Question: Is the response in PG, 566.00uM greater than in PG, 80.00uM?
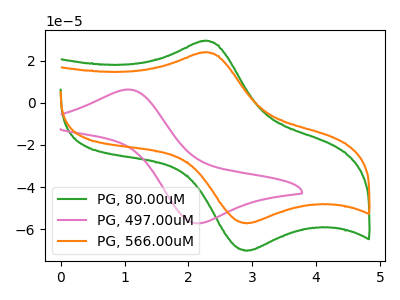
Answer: <think>The green curve "PG, 80.00uM" has an anodic peak at (2.25V, 29.30uA) and a cathodic peak at (2.90V, -70.20uA). The pink curve "PG, 497.00uM" has an anodic peak at (1.05V, 6.25uA) and a cathodic peak at (2.20V, -57.15uA). The orange curve "PG, 566.00uM" has an anodic peak at (2.25V, 23.85uA) and a cathodic peak at (2.90V, -57.20uA).
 All the peaks in "PG, 566.00uM" have a peak in "PG, 80.00uM" at the same potential. Every peak in "PG, 566.00uM" is lower than every peak in "PG, 80.00uM".</think>
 <answer>"PG, 566.00uM" has less signal than "PG, 80.00uM".</answer>
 <eval>less_signal</eval>